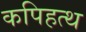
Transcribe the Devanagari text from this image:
कपिहत्थ